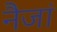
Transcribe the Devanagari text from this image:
नैजां